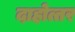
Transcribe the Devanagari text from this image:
दाहोत्तर